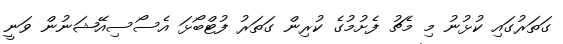
ގަތަރުގައި ކުޅުނު މި މެޗު ފެށުމުގެ ކުރިން ގަތަރު ފުޓްބޯޅަ އެސޯސިއޭޝަނުން ވަނީ